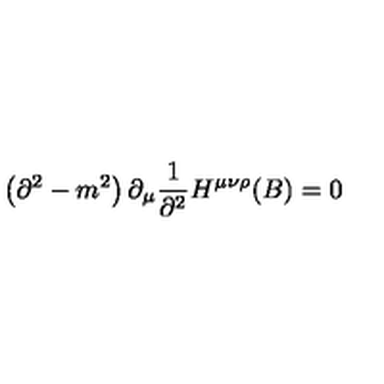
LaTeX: \left( \partial ^ { 2 } - m ^ { 2 } \right) \partial _ { \mu } { \frac { 1 } { \partial ^ { 2 } } } H ^ { \mu \nu \rho } ( B ) = 0